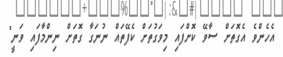
އެހެންވެ އެގޮތަށް ސާވޭ ކޮށްފައި މިވަގުތަށް ކެފޭތައް ނުނަގާ ގޮތަށް ނިންމާފައި ވަނީ"